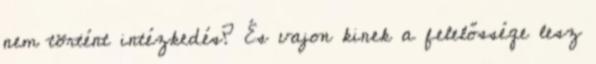
nem történt intézkedés? És vajon kinek a felelőssége lesz